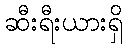
ဆီးရီးယားရှိ